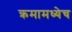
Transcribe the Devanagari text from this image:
क्रमामध्येच